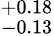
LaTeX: ^{+0.18}_{-0.13}